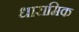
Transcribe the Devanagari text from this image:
धारामिक